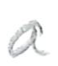
Text: a
Cross-out: clean
Writing tool: pencil